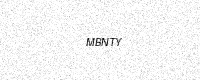
Text: MBNTY